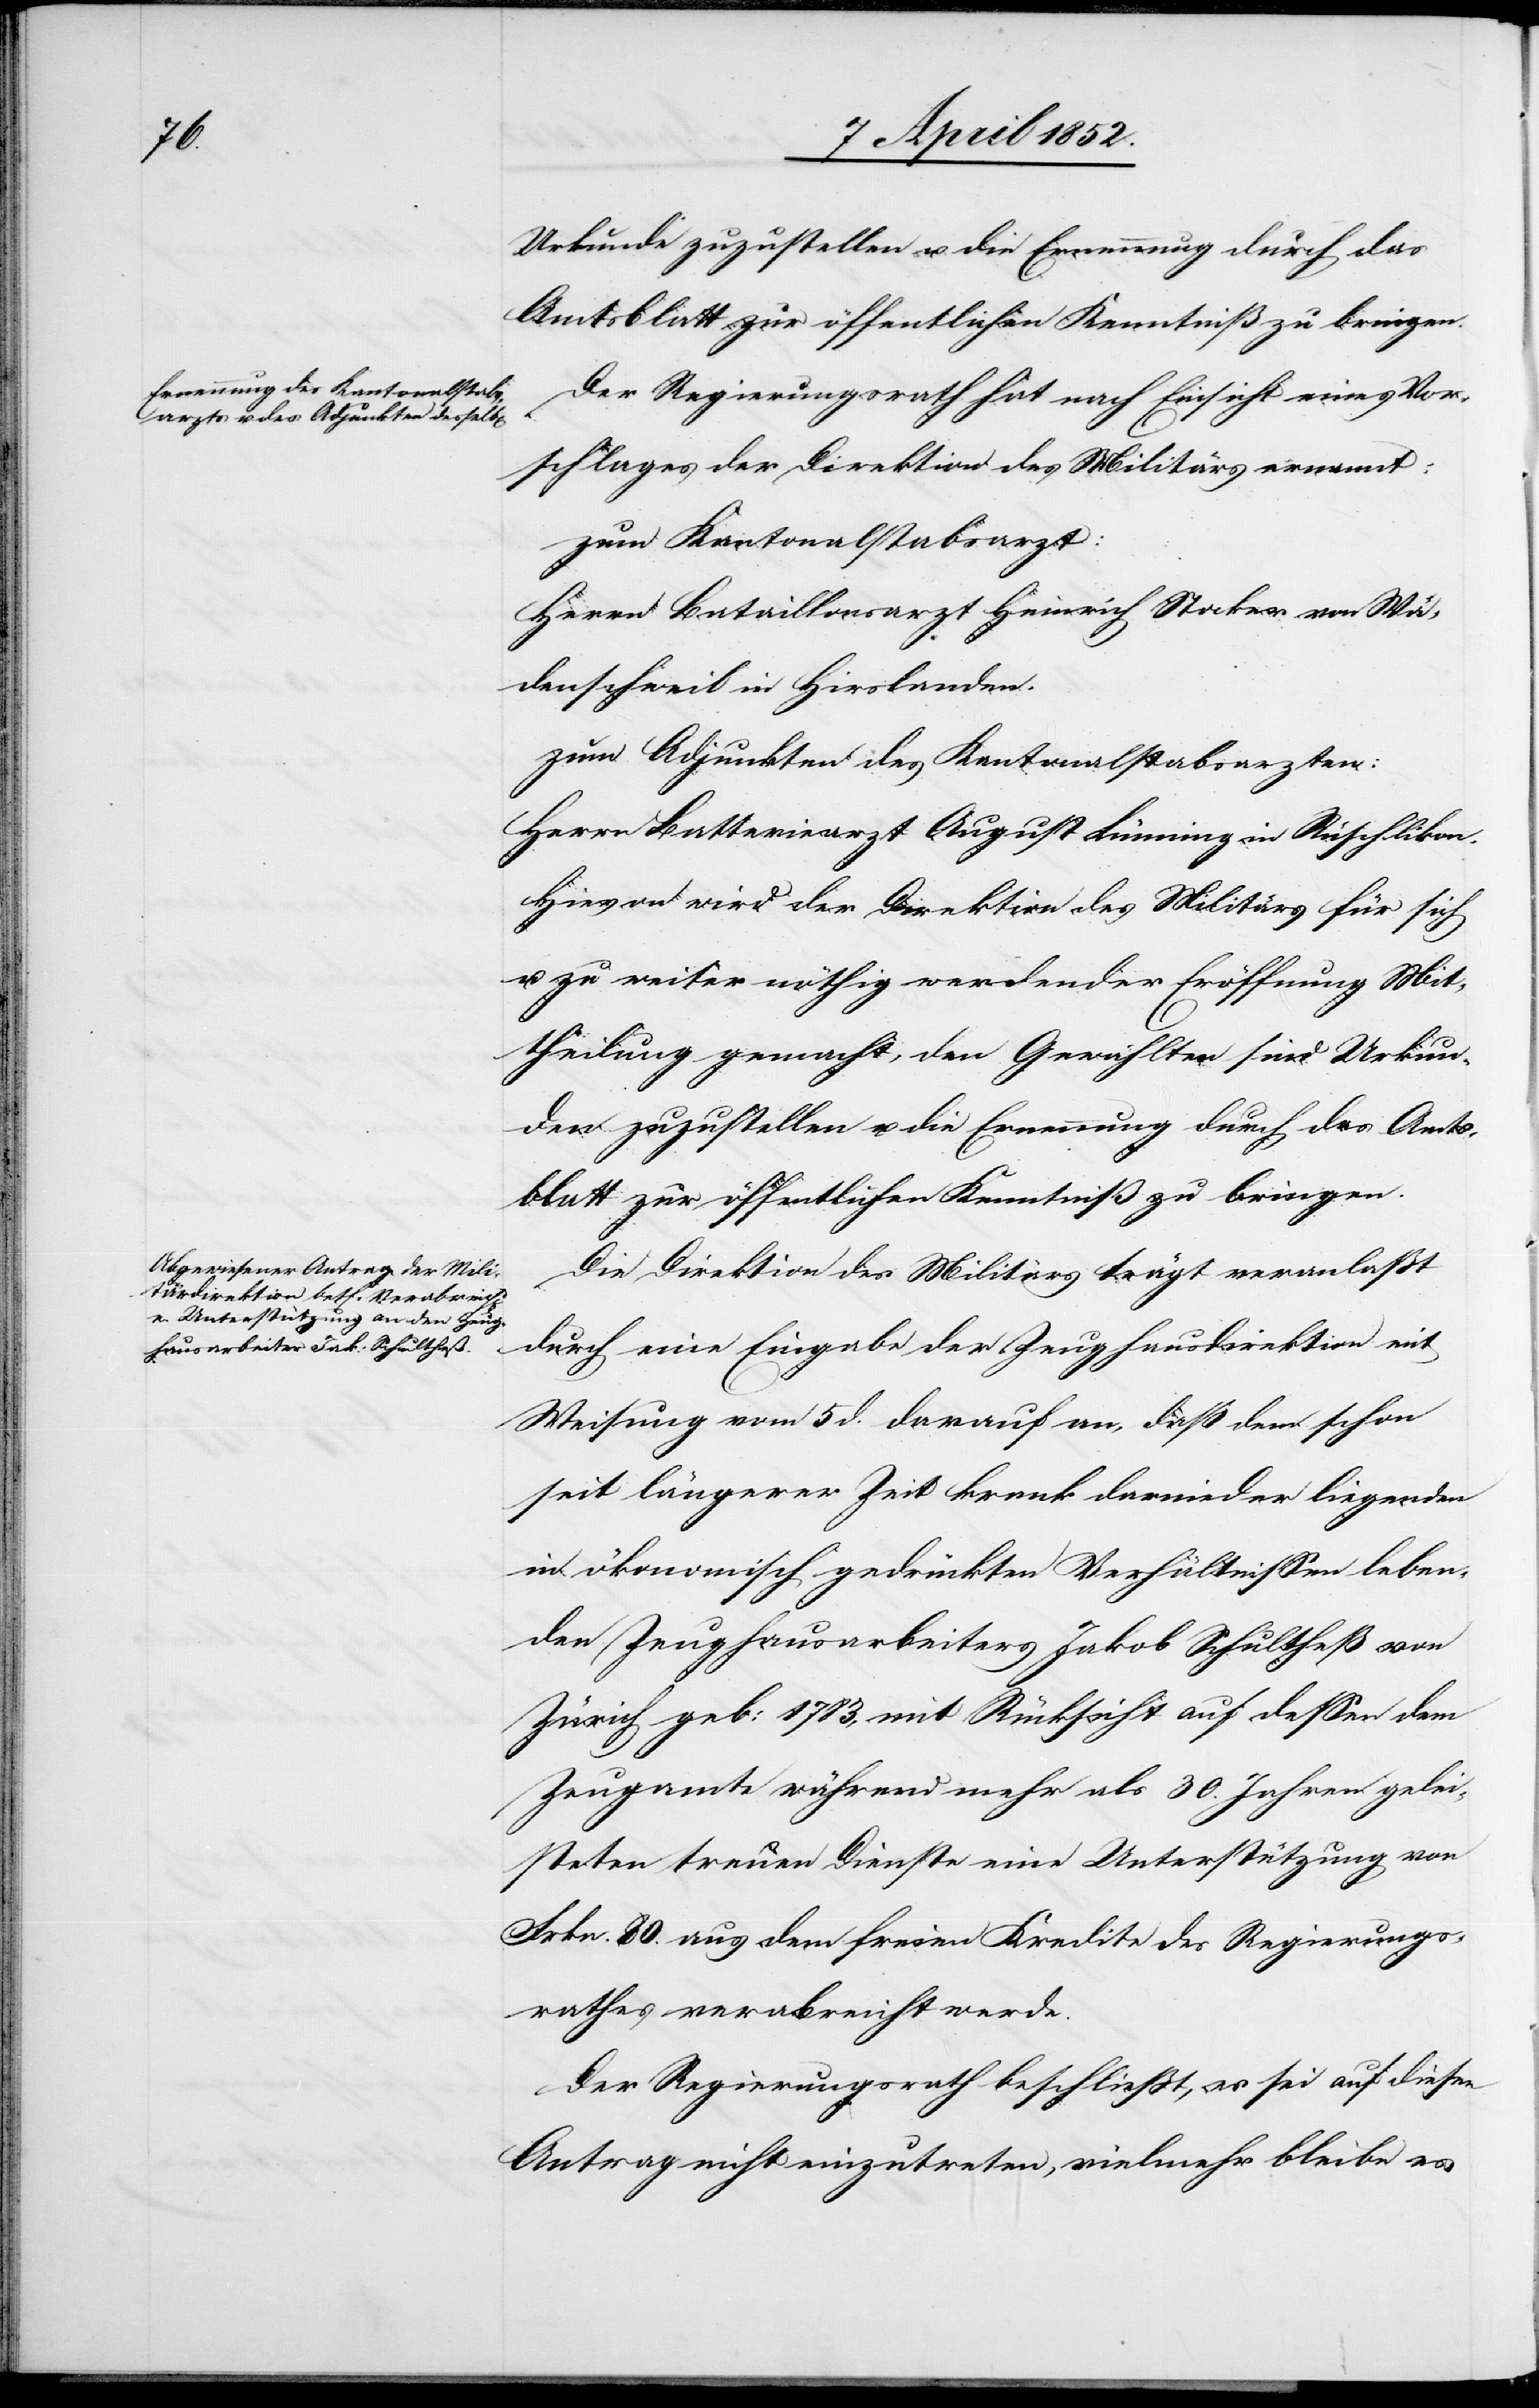
Urkunde zuzustellen u. die Ernennung durch das
Amtsblatt zur öffentlichen Kenntniß zu bringen.
Der Regierungsrath hat nach Einsicht eines Vor¬
schlages der Direktion des Militärs ernannt:
zum Kantonalstabsarzt:
Herrn Bataillonsarzt Heinrich Stocker von Wä¬
denschweil in Hirslanden.
zum Adjunkten des Kantonalstabsarzten:
Herrn Batteriearzt August Lünning in Rüschlikon.
Hievon wird der Direktion des Militärs für sich
u. zu weiter nöthig werdender Eröffnung Mit¬
theilung gemacht, den Gewählten sind Urkun¬
den zuzustellen u. die Ernennung durch das Amts¬
blatt zur öffentlichen Kenntniß zu bringen.
Die Direktion des Militärs trägt veranlaßt
durch eine Eingabe der Zeughausdirektion mit
Weisung vom 5 d. darauf an, daß dem schon
seit längerer Zeit krank darnieder liegenden
in ökonomisch gedrückten Verhältnissen leben¬
den Zeughausarbeiters Jakob Schultheß von
Zürich geb: 1783, mit Rücksicht auf dessen dem
Zeugamte während mehr als 30. Jahren gelei¬
steten treuen Dienste eine Unterstützung von
Frkn. 80. aus dem freien Kredite des Regierungs¬
rathes verabreicht werde.
Der Regierungsrath beschließt, es sei auf diesen
Antrag nicht einzutreten, vielmehr bleibe es